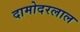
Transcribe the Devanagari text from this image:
दामोदरलाल